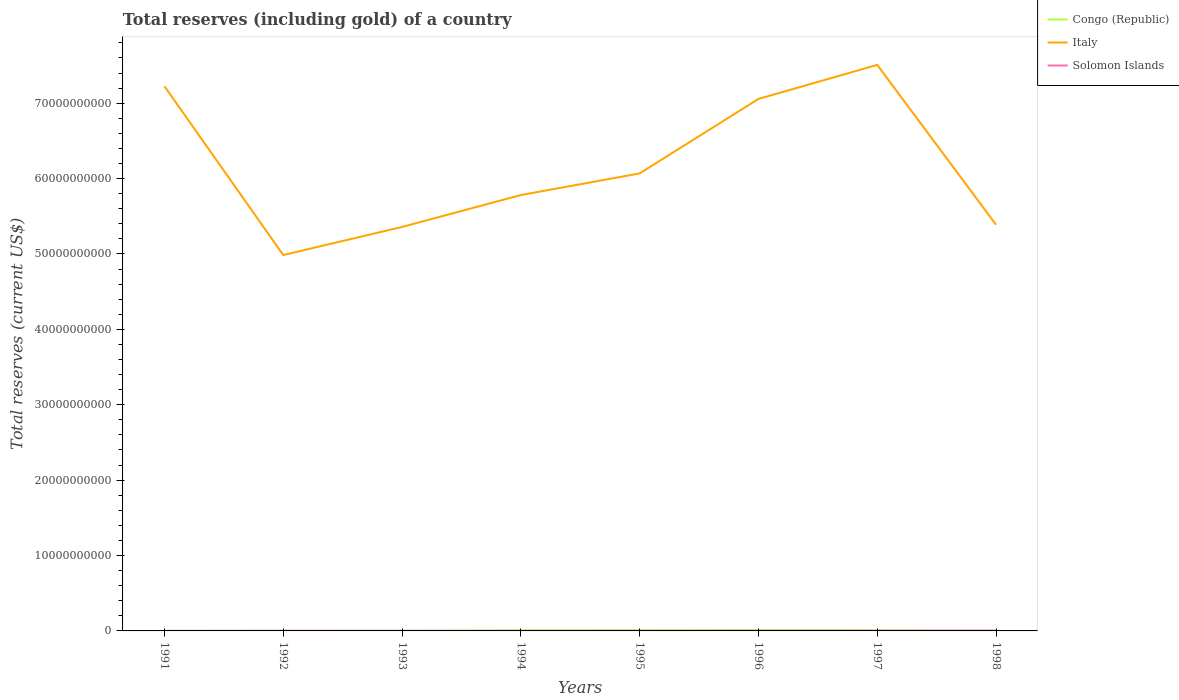
| Years | Congo (Republic) | Italy | Solomon Islands |
 | --- | --- | --- | --- |
 | 1991 | 8.69e+06 | 7.23e+10 | 8.54e+06 |
 | 1992 | 7.71e+06 | 4.99e+10 | 2.35e+07 |
 | 1993 | 5.68e+06 | 5.36e+10 | 2.01e+07 |
 | 1994 | 5.46e+07 | 5.78e+10 | 1.74e+07 |
 | 1995 | 6.36e+07 | 6.07e+10 | 1.59e+07 |
 | 1996 | 9.51e+07 | 7.06e+10 | 3.26e+07 |
 | 1997 | 6.31e+07 | 7.51e+10 | 3.63e+07 |
 | 1998 | 4.04e+06 | 5.39e+10 | 4.9e+07 |